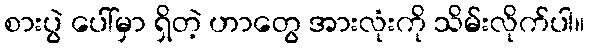
စားပွဲ ပေါ်မှာ ရှိတဲ့ ဟာတွေ အားလုံးကို သိမ်းလိုက်ပါ။